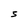
Character: 5